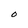
Character: 0